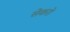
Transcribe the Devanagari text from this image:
सेकरो